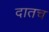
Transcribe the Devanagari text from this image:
दातच